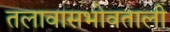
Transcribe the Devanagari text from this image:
तलावासभोवताली